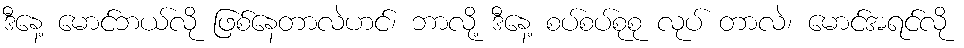
ဒီနေ့ မောင်ဘယ်လို ဖြစ်နေတာလဲဟင်၊ ဘာလို့ ဒီနေ့ စပ်စပ်စုစု လုပ် တာလဲ၊ မောင်အရင်လို